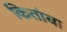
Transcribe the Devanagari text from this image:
कितांबा